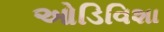
ઓડિવિશા